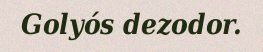
Golyós dezodor.